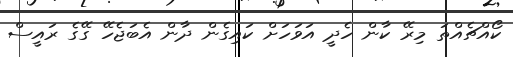
ކޯއްޗެއްތަ މިރޭ ކާން ހެދީ އަވަހަށް ކައިގެން ދާން އެބަޖެހޭ ގޭގެ ރައީސް